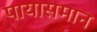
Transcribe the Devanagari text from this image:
पायासमान